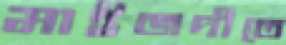
মাইজদীতে